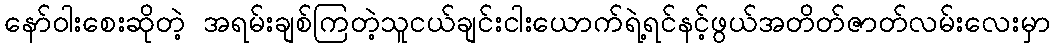
နော်ဝါးစေးဆိုတဲ့ အရမ်းချစ်ကြတဲ့သူငယ်ချင်းငါးယောက်ရဲ့ရင်နင့်ဖွယ်အတိတ်ဇာတ်လမ်းလေးမှာ